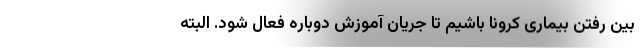
بین رفتن بیماری کرونا باشیم تا جریان آموزش دوباره فعال شود. البته